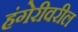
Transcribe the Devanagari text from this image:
हंगेरीवरील